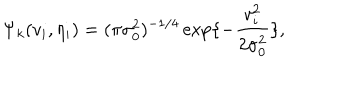
LaTeX: \Psi _ { k } ( v _ { i } , \eta _ { i } ) = ( \pi \sigma _ { 0 } ^ { 2 } ) ^ { - 1 / 4 } \exp \{ - { \frac { v _ { i } ^ { 2 } } { 2 \sigma _ { 0 } ^ { 2 } } } \} ,